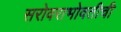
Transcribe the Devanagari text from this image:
सरोवराभोवतीची